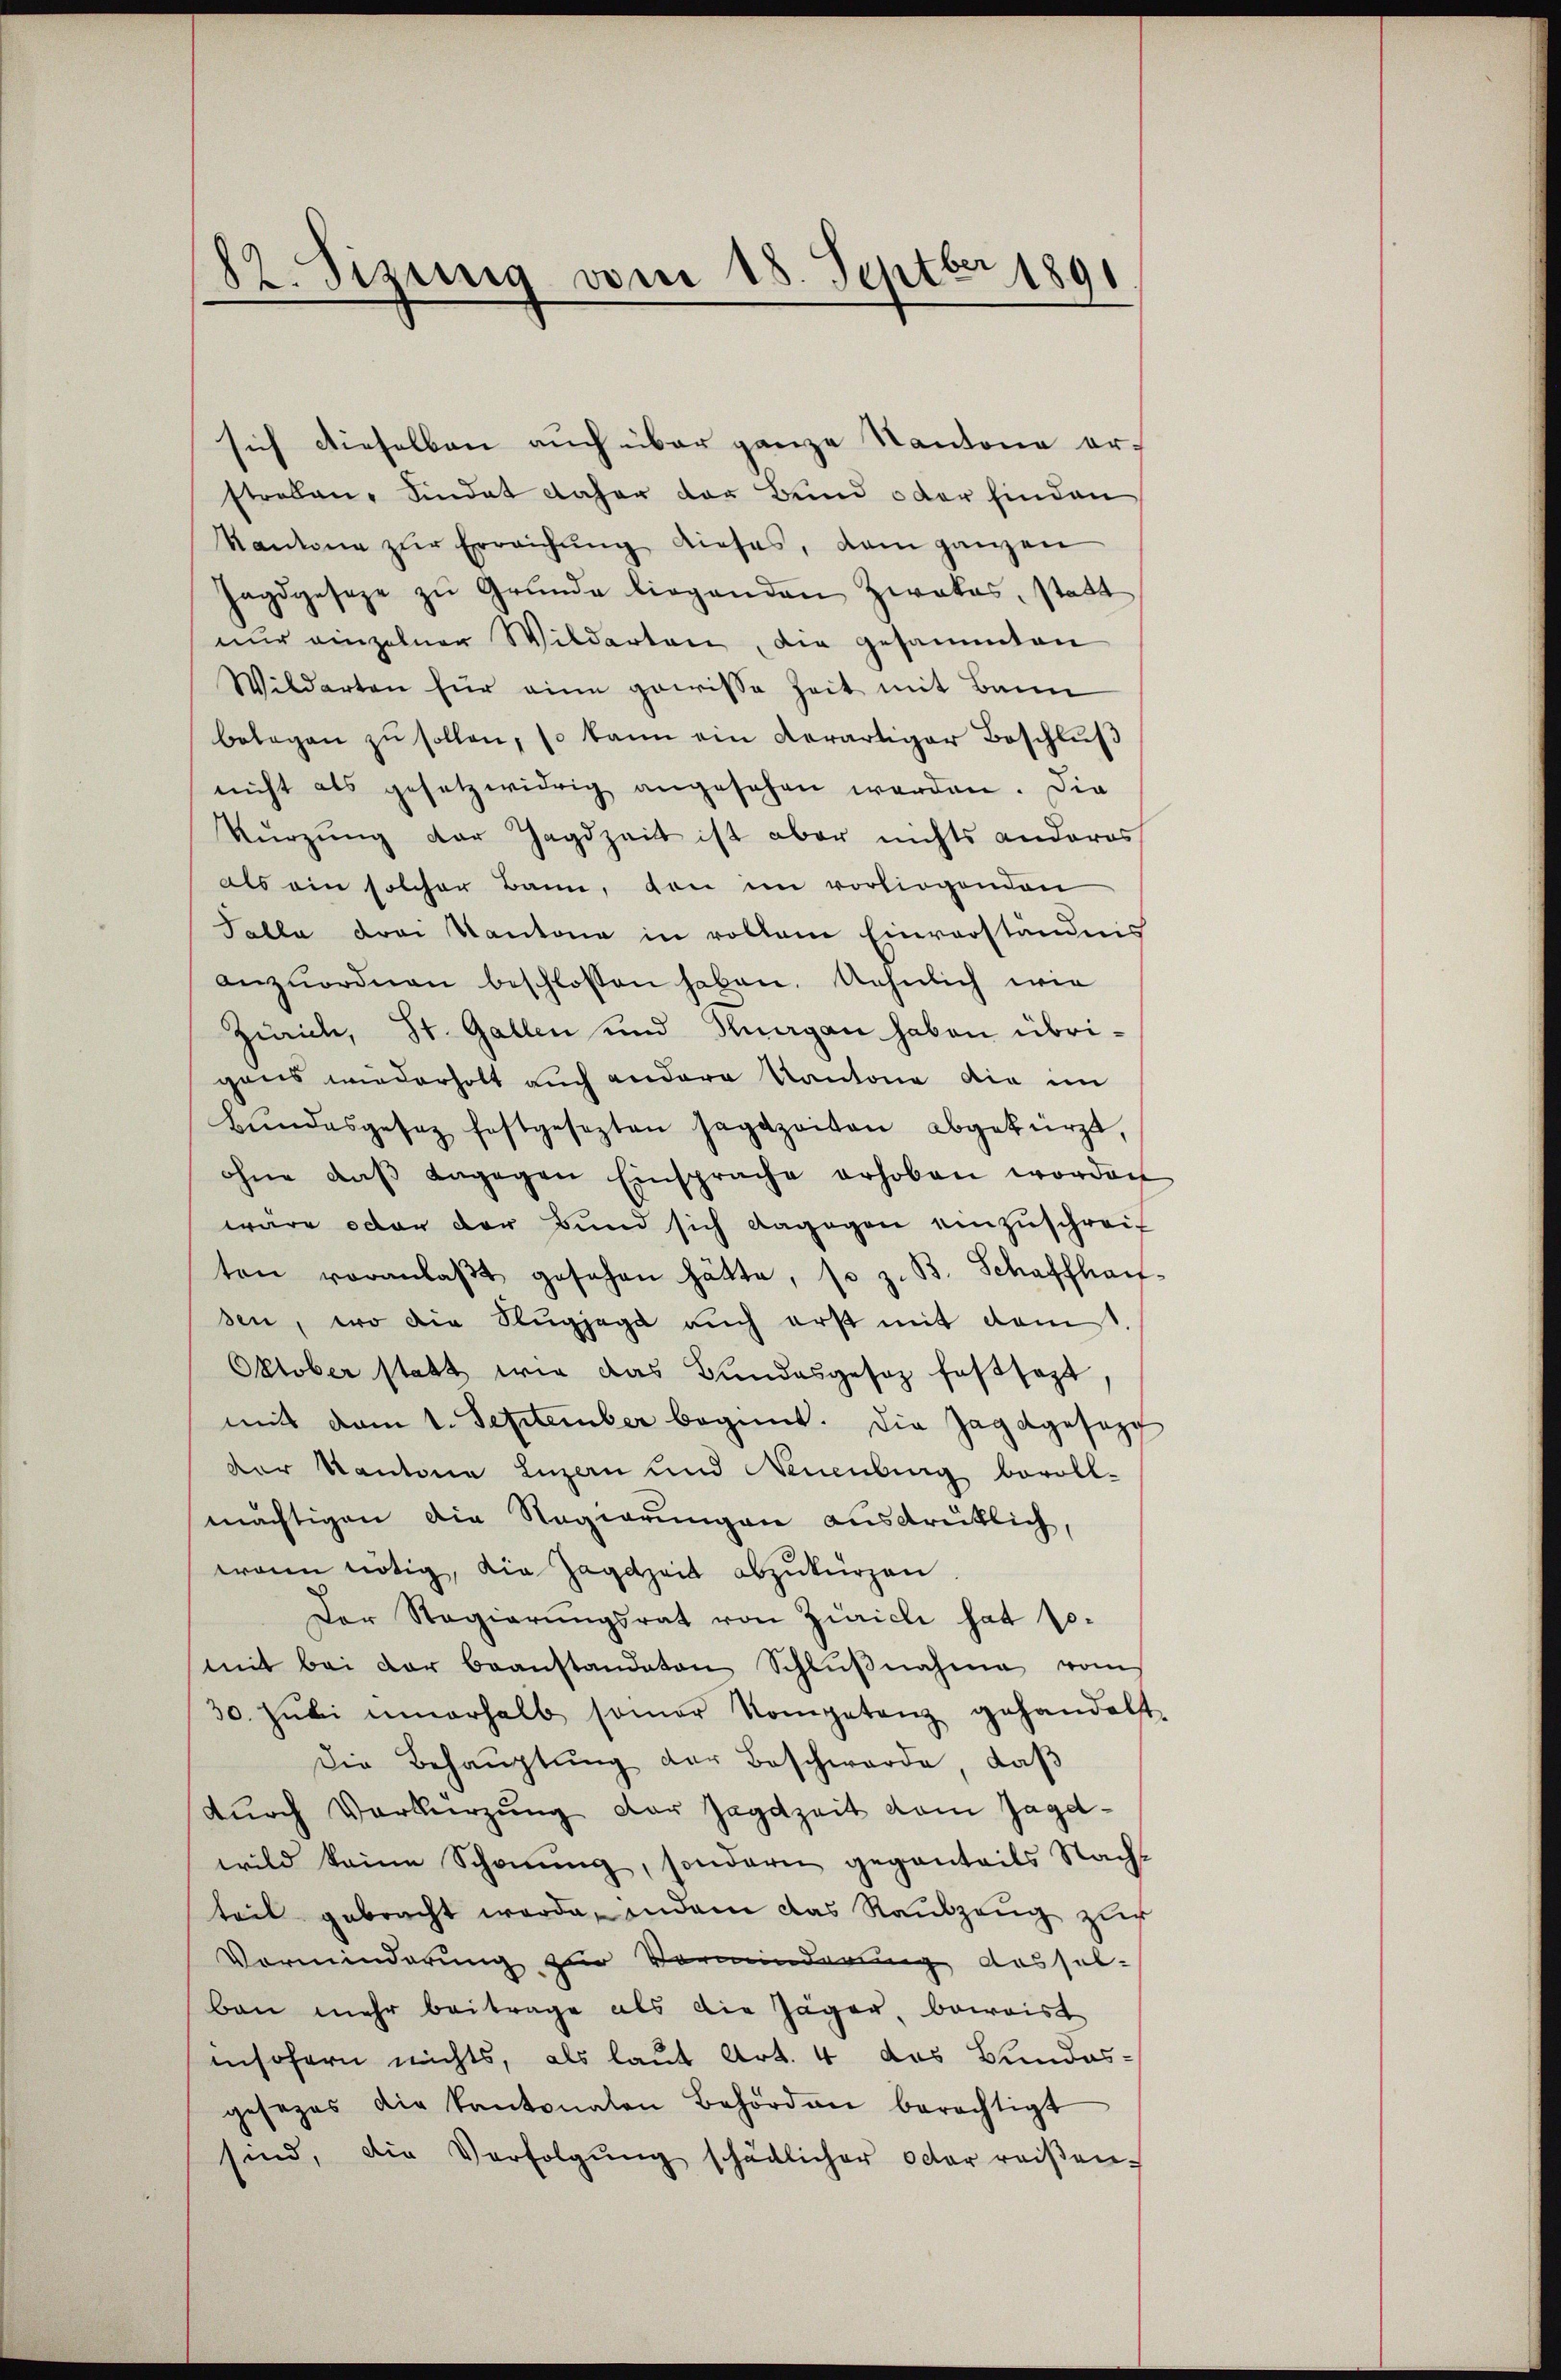
82. Sizinnig vom 18. Septbr 1891

sich dieselben auch über ganze Kantone orstreben Sindat daher der Bund oder finden
Kantone zŭr Erreichŭng dieses, dem ganzen
Jagdgeseze zŭ Grŭnde liegenden Zwakas, statt
nur einzelner Wilderten, die gesammten
Wilderten für eine gewisse Zeit mit Bann
belagen zŭ sollen, so kann ein derartiger Beschlŭβ
nicht als gesetzwidrig angesehen werden. Die
Kŭrzŭng der Jagdzeit ist aber nichts anderes
als ein solcher Bann, von im vorliegenden
Talla drei Kantone in vollem Einverständnis
anzuordnen beschlossen haben. Aehnlich wie
Zürich, St. Gallen und Knagan haben übrigans wiederholt auch andere Kantone die im
Bŭndesgesez festgesezten Jagdzeiten abgekürzt,
ohne daβ dagegen Einsprache erhoben worden
wäre oder der Bund sich dagegen einzuschreit
ten voranlaβt gesehen hätte, so z. B. Schaffhausen, wo die Slugjagd auch erst mit damit
Oktober statt wie das Bundesgesez festsezt
mit dem 1. September begint. Die Jagdgesezg
der Kantone Luzern und Neuenburg bevoll-
mächtigen die Regierungen ausdrüklich,
wann nötig, die Zagdzeit abzukürzen
Der Regierungsrat von Zürich hat so-
mit bei der beanstandaten Schlŭβnahme vom
30. Jŭli innerhalb samer Kompetenz gehandelt,
Die Behauptung der Beschwerde, daß
durch Verkürzung der Jagdzeit dem Jagdwild keine Schonung, sondern geganteils Nachs
teil gebracht werde, indem das Raubzeug zur
Vorminderung zur Vorminderung desselban mehr beitrage als die Jäger, beweist
insofern nichts, als laut Art. 4 das Bundes-
gesezes die Kantonalen Behörden berechtigt
sind, die Verfolgŭng schädlicher octor reisen-